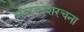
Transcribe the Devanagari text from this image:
शब्दकोशरचना